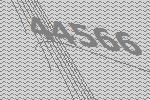
44566